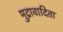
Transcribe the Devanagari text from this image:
मुद्रावादिता